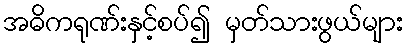
အဓိကရုဏ်းနှင့်စပ်၍ မှတ်သားဖွယ်များ